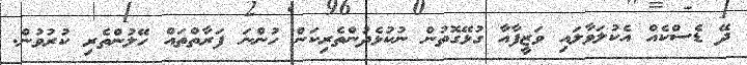
ދޭ ޑެސްކެއް އެކުލަވާލައި ވަޒީފާއާ ގުޅޭގޮތުން ނުކުޅެދުންތެރިކަން ހުންނަ ފަރާތްތައް ހޭލުންތެރި ކުރުވުން.